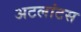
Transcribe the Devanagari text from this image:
अटलांटस